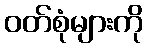
ဝတ်စုံများကို